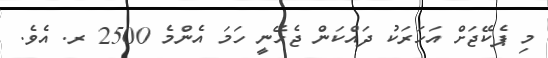
މި ޕެކޭޖަށް އަހަރަކު ދައްކަން ޖެހޭނީ ހަމަ އެންމެ 2500 ރ. އެވެ.